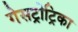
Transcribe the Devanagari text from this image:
गेसट्रोट्रिका